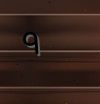
٩